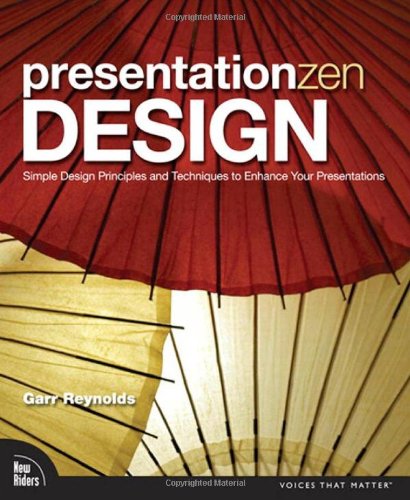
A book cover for Presentation Zen Design: Simple Design Principles and Techniques to Enhance Your Presentations; Garr Reynolds; Computers & Technology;